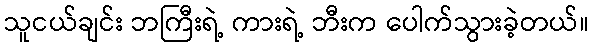
သူငယ်ချင်း ဘကြီးရဲ့ ကားရဲ့ ဘီးက ပေါက်သွားခဲ့တယ်။